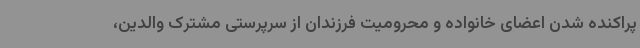
پراکنده شدن اعضای خانواده و محرومیت فرزندان از سرپرستی مشترک والدین،